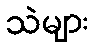
သဲများ